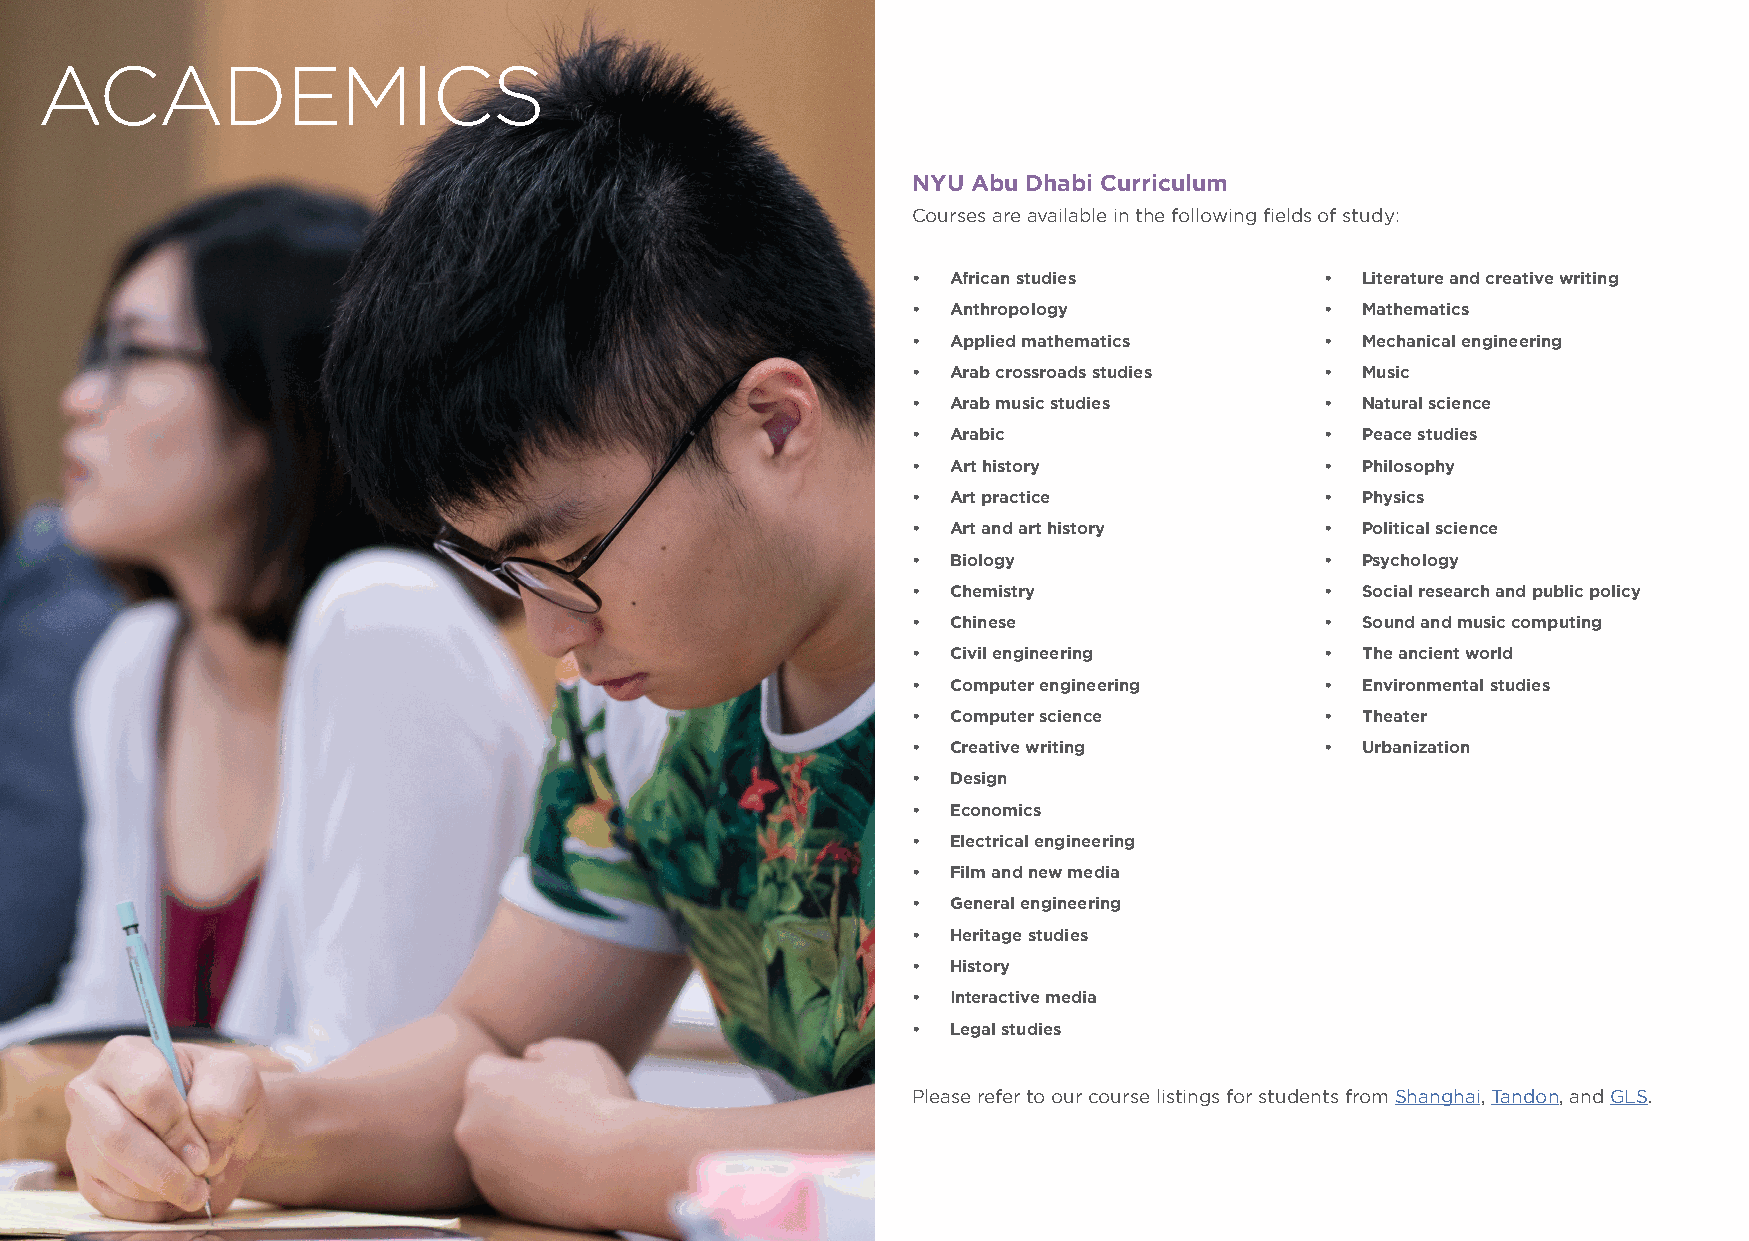
ACADEMICS
 NYU Abu Dhabi Curriculum
 Courses are available in the following fields of study:
 •  African studies          • Literature and creative writing
 •  Anthropology             • Mathematics
 •  Applied mathematics      • Mechanical engineering
 •  Arab crossroads studies  • Music
 •  Arab music studies       • Natural science
 •  Arabic                   • Peace studies
 •  Art history              • Philosophy
 •  Art practice             • Physics
 •  Art and art history      • Political science
 •  Biology                  • Psychology
 •  Chemistry                • Social research and public policy
 •  Chinese                  • Sound and music computing
 •  Civil engineering        • The ancient world
 •  Computer engineering     • Environmental studies
 •  Computer science         • Theater
 •  Creative writing         • Urbanization
 •  Design
 •  Economics
 •  Electrical engineering
 •  Film and new media
 •  General engineering
 •  Heritage studies
 •  History
 •  Interactive media
 •  Legal studies
 Please refer to our course listings for students from Shanghai, Tandon, and GLS.